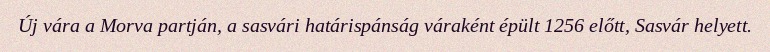
Új vára a Morva partján, a sasvári határispánság váraként épült 1256 előtt, Sasvár helyett.